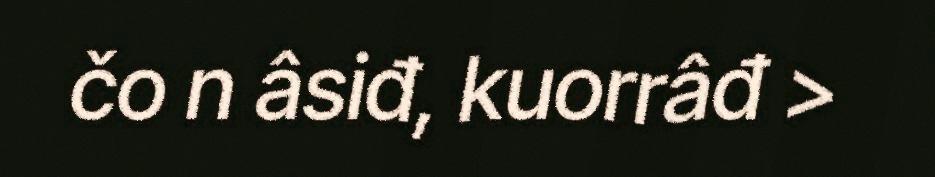
čo n âsiđ, kuorrâđ >